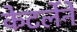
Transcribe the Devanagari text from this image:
केटर्लेने